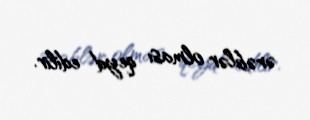
ərəblər olması qeyd edilir.